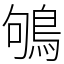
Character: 鴝